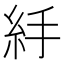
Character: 𥾹